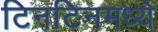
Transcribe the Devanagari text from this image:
टिनटिनमध्ये